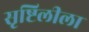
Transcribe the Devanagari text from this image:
सृष्टिलीला